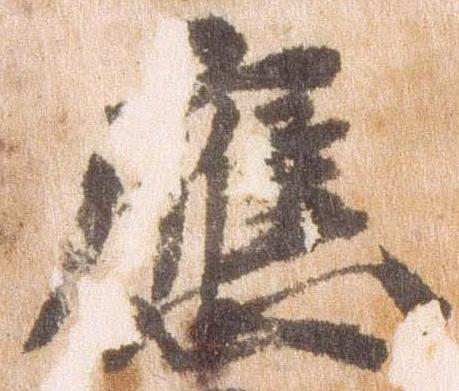
応